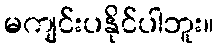
မကျင်းပနိုင်ပါဘူး။